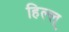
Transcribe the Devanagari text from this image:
हिल्ल्